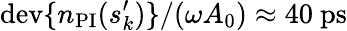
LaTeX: \mathrm{dev}\{ n_{\mathrm{PI}}(s_{k}^{\prime})\} /(\omega A_{0})\approx 40~\mathrm{ps}